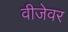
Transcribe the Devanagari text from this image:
वीजेवर